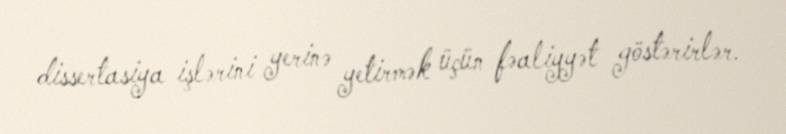
dissertasiya işlərini yerinə yetirmək üçün fəaliyyət göstərirlər.